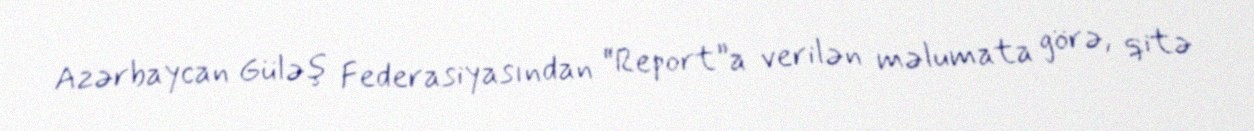
Azərbaycan Güləş Federasiyasından “Report”a verilən məlumata görə, qitə